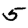
Digit: 5